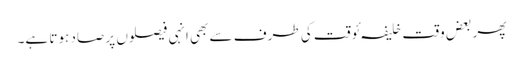
پھر بعض وقت خلیفہ ئوقت کی طرف سے بھی انہی فیصلوں پر صاد ہوتا ہے۔